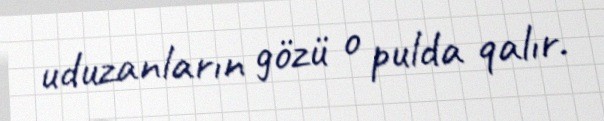
uduzanların gözü o pulda qalır.